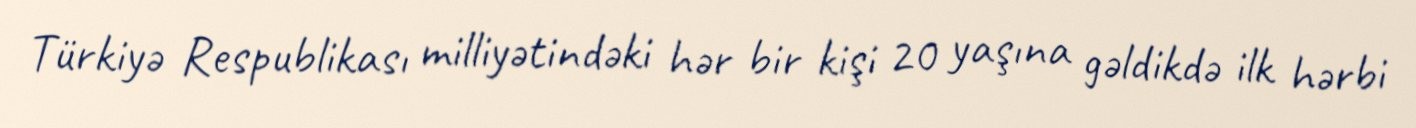
Türkiyə Respublikası milliyətindəki hər bir kişi 20 yaşına gəldikdə ilk hərbi